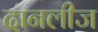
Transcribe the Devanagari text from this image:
दानलीज